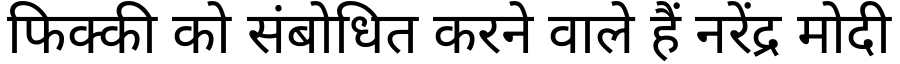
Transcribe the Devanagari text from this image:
फिक्की को संबोधित करने वाले हैं नरेंद्र मोदी